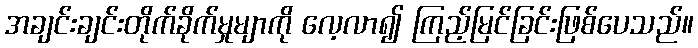
အချင်းချင်းတိုက်ခိုက်မှုမျာကို လေ့လာ၍ ကြည့်မြင်ခြင်းဖြစ်ပေသည်။